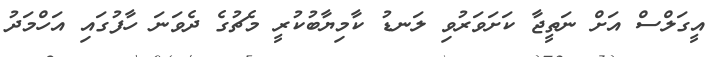
އީގަލްސް އަށް ނަތީޖާ ކަށަވަރުވި ލަނޑު ކާމިޔާބުކުރީ މެޗުގެ ދެވަނަ ހާފުގައި އަހްމަދު